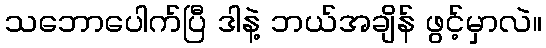
သဘောပေါက်ပြီ ဒါနဲ့ ဘယ်အချိန် ဖွင့်မှာလဲ။